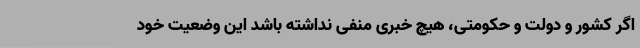
اگر کشور و دولت و حکومتی، هیچ خبری منفی نداشته باشد این وضعیت خود